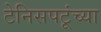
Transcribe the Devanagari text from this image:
टेनिसपटूंच्या